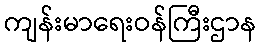
ကျန်းမာရေးဝန်ကြီးဌာန